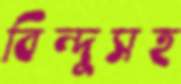
বিন্দুসহ